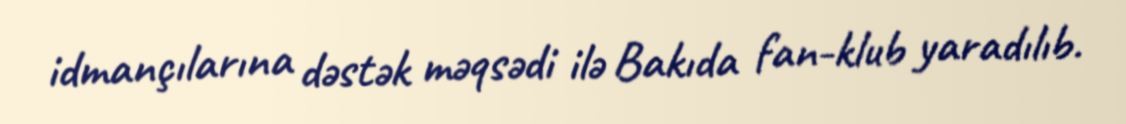
idmançılarına dəstək məqsədi ilə Bakıda fan-klub yaradılıb.